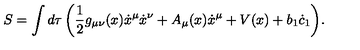
S = \int { d \tau \left( \frac { 1 } { 2 } g _ { \mu \nu } ( x ) \dot { x } ^ { \mu } \dot { x } ^ { \nu } + A _ { \mu } ( x ) \dot { x } ^ { \mu } + V ( x ) + b _ { 1 } \dot { c } _ { 1 } \right) } .